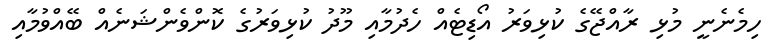
ހިމެނެނީ މުޅި ރާއްޖޭގެ ކުޅިވަރު އޯޑިޓެއް ހެދުމާއި މޫދު ކުޅިވަރުގެ ކޮންވެންޝަނެއް ބޭއްވުމާއި